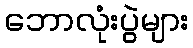
ဘောလုံးပွဲများ